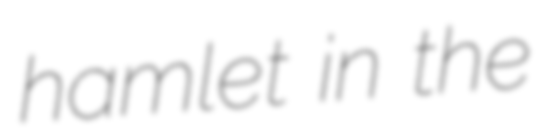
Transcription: hamlet in the